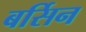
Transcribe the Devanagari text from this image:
बर्सिन